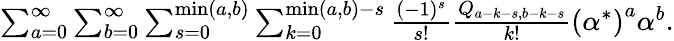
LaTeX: \begin{array}{r}{\sum_{a=0}^{\infty}\sum_{b=0}^{\infty}\sum_{s=0}^{\operatorname*{min}(a,b)}\sum_{k=0}^{\operatorname*{min}(a,b)-s}\frac{(-1)^{s}}{s!}\frac{Q_{a-k-s,b-k-s}}{k!}\left({\alpha^{*}}\right)^{a}\alpha^{b}.}\end{array}